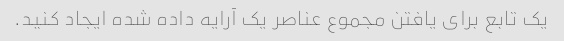
یک تابع برای یافتن مجموع عناصر یک آرایه داده شده ایجاد کنید.